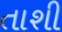
તાશી